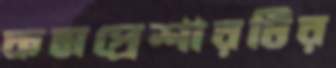
কমপ্রেশারটির